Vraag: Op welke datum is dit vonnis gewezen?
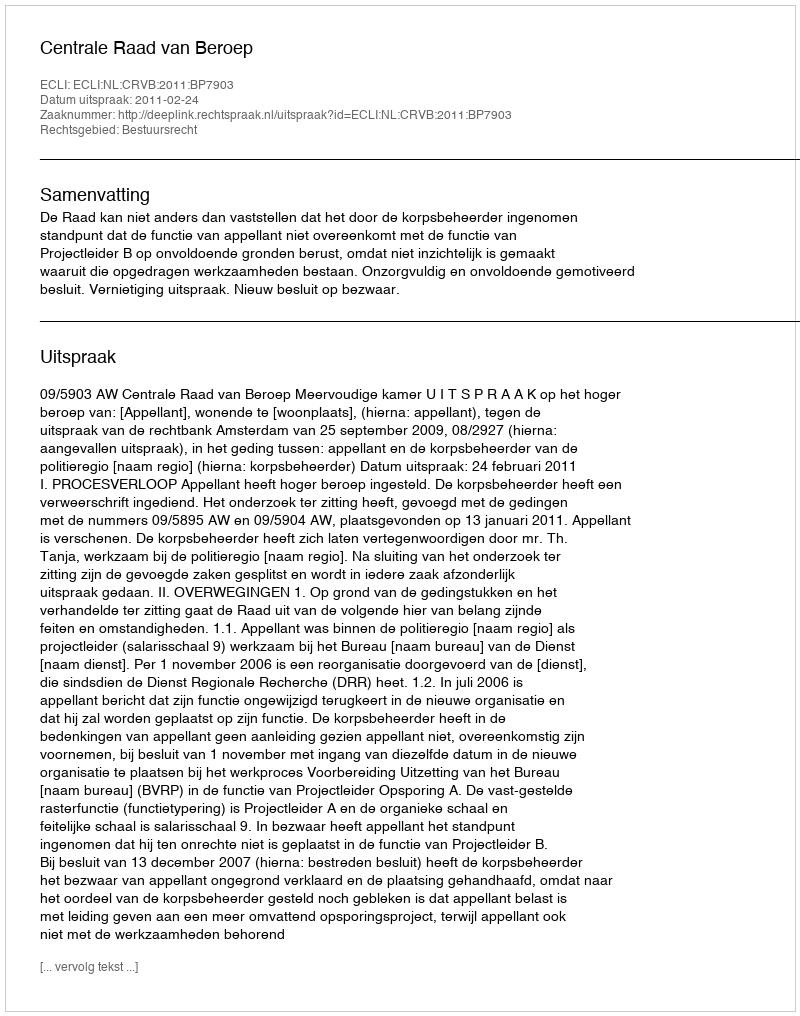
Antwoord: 2011-02-24